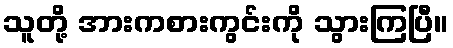
သူတို့ အားကစားကွင်းကို သွားကြပြီ။